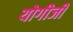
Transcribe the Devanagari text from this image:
योगीजी